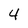
Character: 4